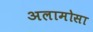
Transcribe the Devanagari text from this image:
अलामोसा